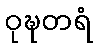
ဝုဍ္ဎတရံ